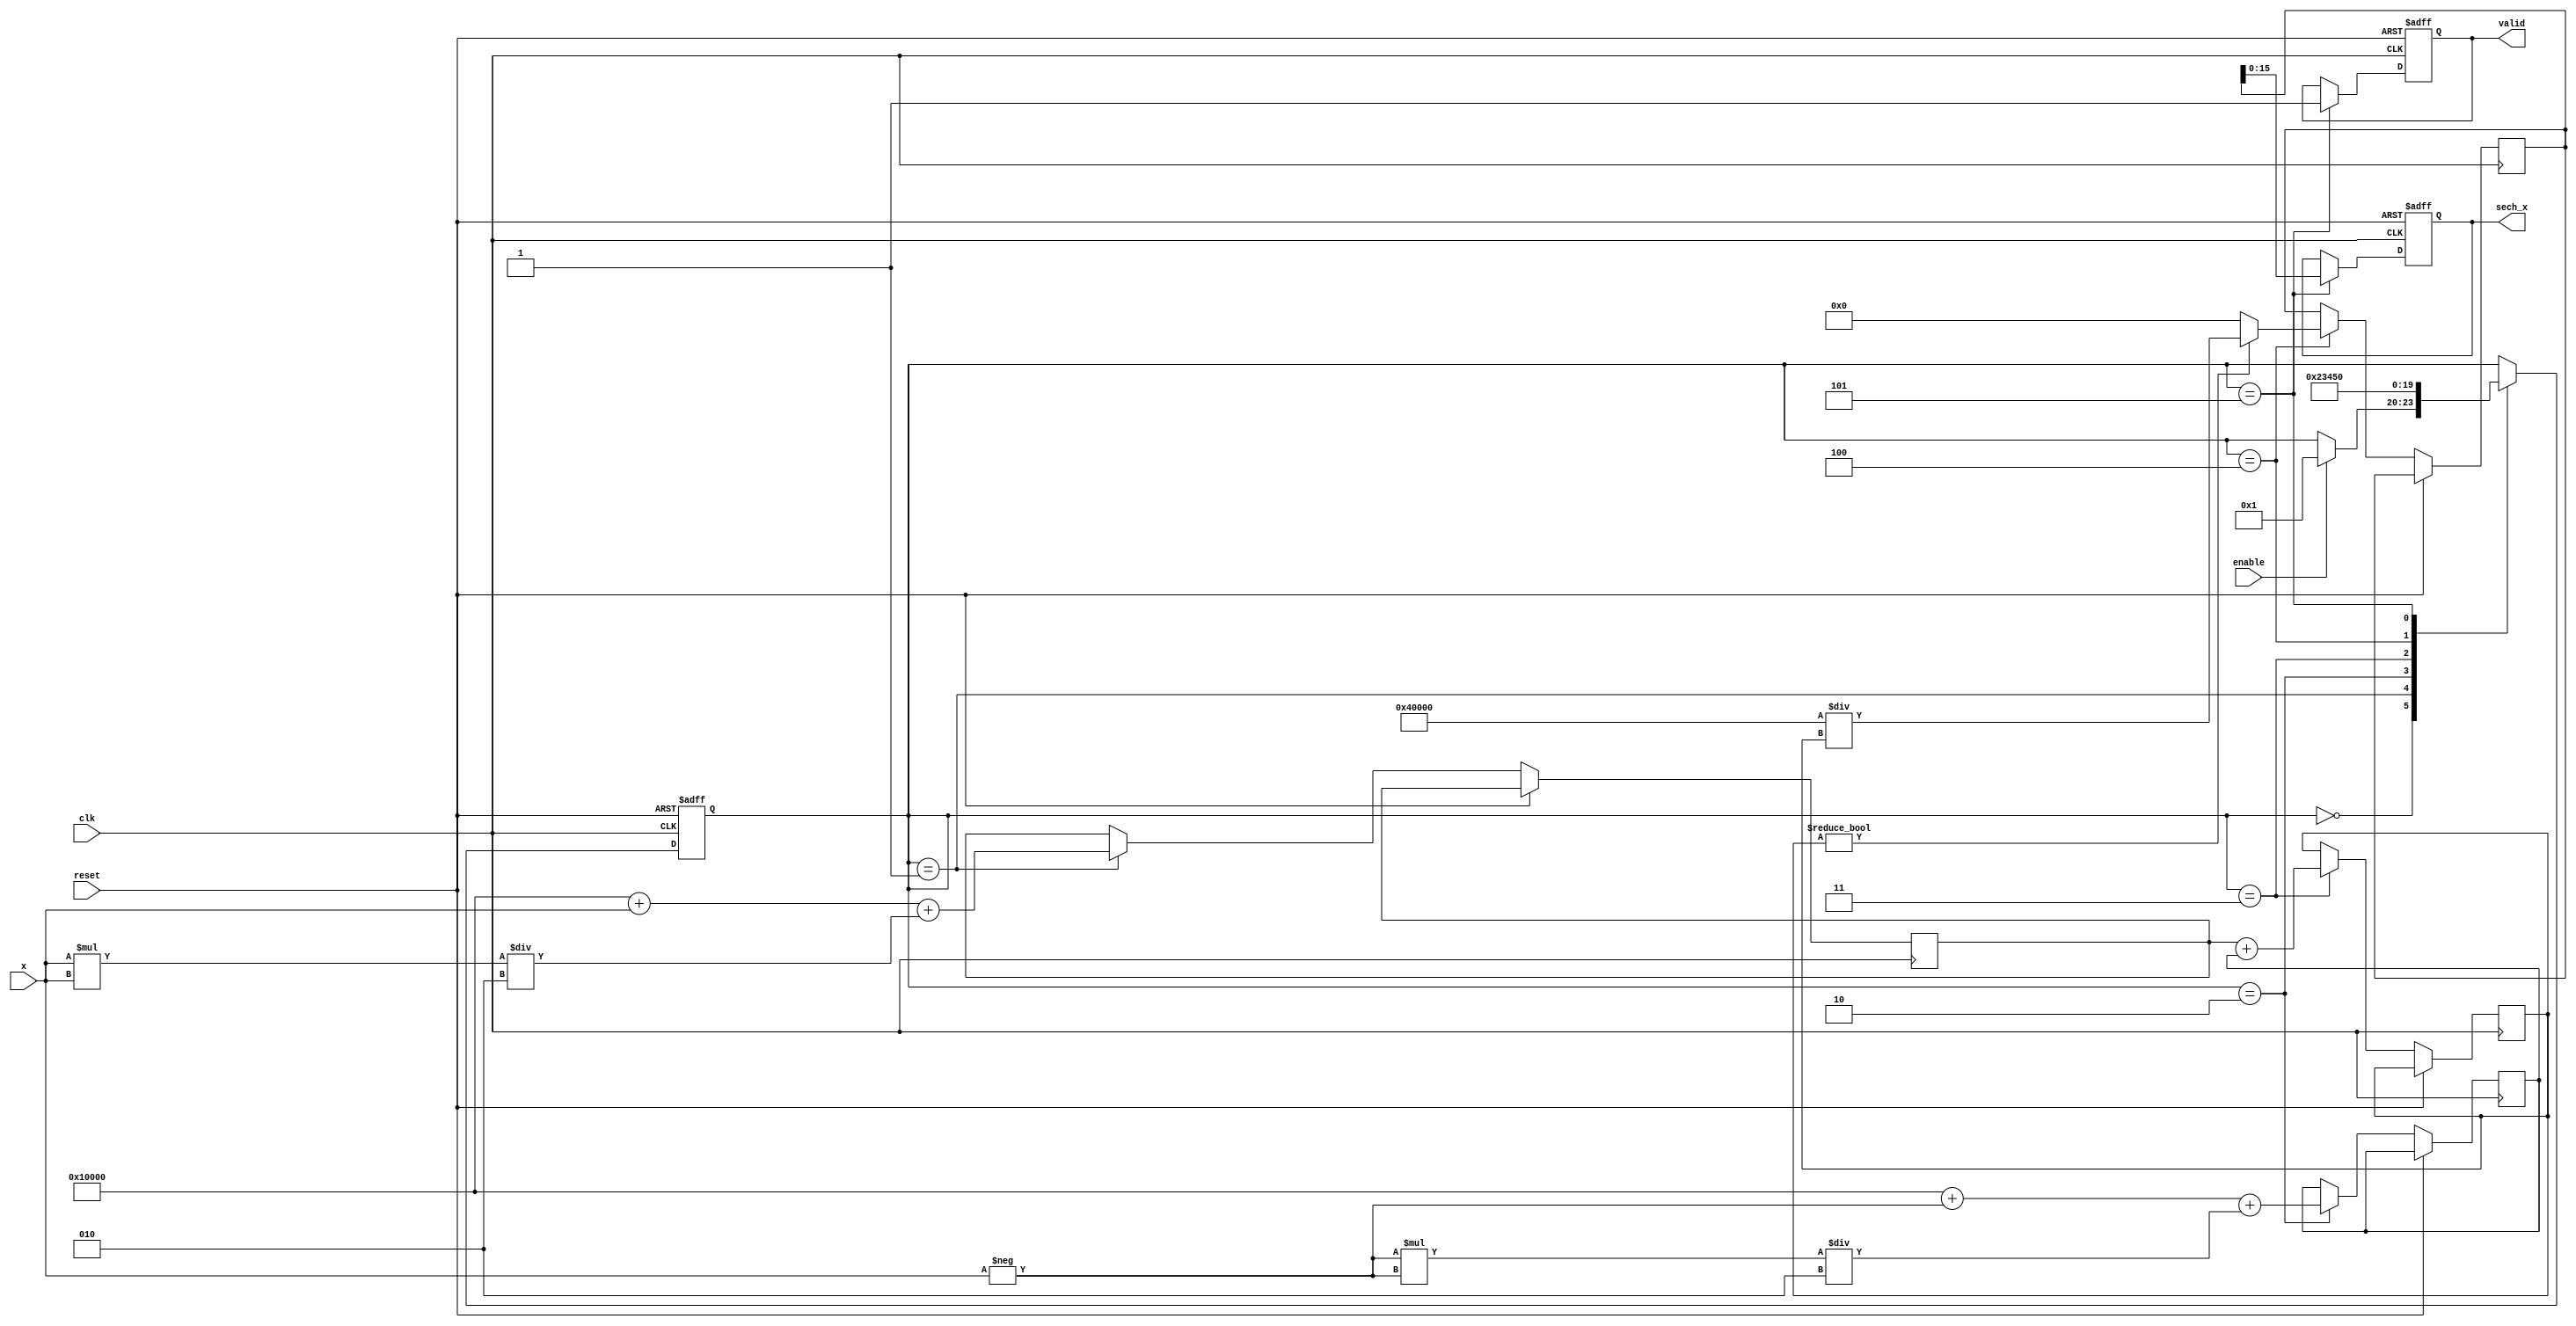
module hyperbolic_secant (
    input wire clk,
    input wire reset,
    input wire enable,
    input wire signed [15:0] x, // Fixed-point input (1 sign bit, 7 integer bits, 8 fractional bits)
    output reg signed [15:0] sech_x, // Fixed-point output
    output reg valid // Output valid signal
);

    reg signed [31:0] exp_x; // Extended precision for e^x
    reg signed [31:0] exp_neg_x; // Extended precision for e^-x
    reg signed [31:0] sum_exp; // Sum of e^x and e^-x
    reg signed [31:0] reciprocal; // Reciprocal of the sum
    reg [3:0] state; // State for FSM

    // State encoding
    localparam IDLE = 4'b0000;
    localparam CALC_EXP = 4'b0001;
    localparam CALC_NEG_EXP = 4'b0010;
    localparam ADD_EXP = 4'b0011;
    localparam DIVIDE = 4'b0100;
    localparam OUTPUT = 4'b0101;

    // Exponential approximation using Taylor series or other methods can be implemented here
    function signed [31:0] exp_approx(input signed [15:0] val);
        // Simple exponential approximation (for demonstration purposes)
        // This should be replaced with a more accurate implementation
        exp_approx = (1 << 16) + val + (val * val) / 2; // e^x  1 + x + x^2/2
    endfunction

    always @(posedge clk or posedge reset) begin
        if (reset) begin
            sech_x <= 0;
            valid <= 0;
            state <= IDLE;
        end else begin
            case (state)
                IDLE: begin
                    if (enable) begin
                        state <= CALC_EXP;
                    end
                end
                CALC_EXP: begin
                    exp_x <= exp_approx(x);
                    state <= CALC_NEG_EXP;
                end
                CALC_NEG_EXP: begin
                    exp_neg_x <= exp_approx(-x);
                    state <= ADD_EXP;
                end
                ADD_EXP: begin
                    sum_exp <= exp_x + exp_neg_x;
                    state <= DIVIDE;
                end
                DIVIDE: begin
                    if (sum_exp != 0) begin
                        reciprocal <= (1 << 17) * 2 / sum_exp; // Scale by 2^17 for fixed-point division
                    end else begin
                        reciprocal <= 0; // Handle division by zero
                    end
                    state <= OUTPUT;
                end
                OUTPUT: begin
                    sech_x <= reciprocal[15:0]; // Take the lower 16 bits as output
                    valid <= 1;
                    state <= IDLE; // Go back to IDLE
                end
            endcase
        end
    end
endmodule